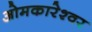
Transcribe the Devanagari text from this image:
ओमकारेश्वर